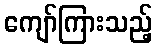
ကျော်ကြားသည့်